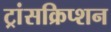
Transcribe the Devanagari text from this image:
ट्रांसक्रिप्‍शन